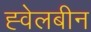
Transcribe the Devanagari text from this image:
ह्वेलबीन